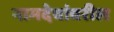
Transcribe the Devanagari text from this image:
नामदेवांवरील